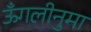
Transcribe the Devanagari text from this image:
ऊँगलीनुमा